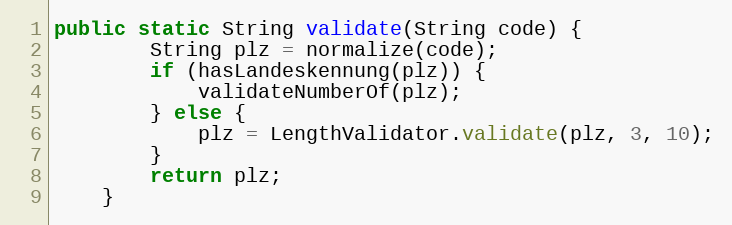
Language: Java
public static String validate(String code) {
        String plz = normalize(code);
        if (hasLandeskennung(plz)) {
            validateNumberOf(plz);
        } else {
            plz = LengthValidator.validate(plz, 3, 10);
        }
        return plz;
    }